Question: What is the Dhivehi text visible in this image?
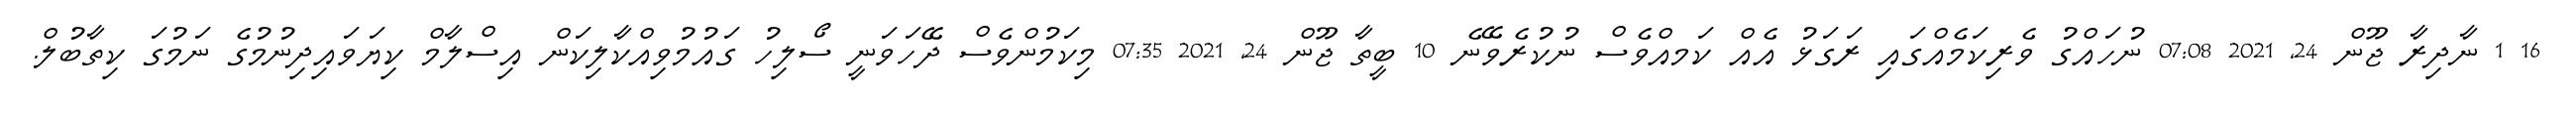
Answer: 16 1 ނާދިރާ ޖޫން 24, 2021 07:08 ނުހައްގު ވެރިކަމެއްގައި ރަގަޅު އެއް ކަމއްވެސް ނުކުރެވޭނެ 10 ބީތާ ޖޫން 24, 2021 07:35 މިކަމުންވެސް ދޭހަވަނީ ސޯލިހު ގައުމުވިއްކާލިކަން އިސްލާމް ކިޔަވައިދިނުމުގެ ނަމުގަ ކިތާބުލް.